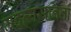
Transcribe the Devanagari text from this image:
मदव्यसनिता